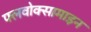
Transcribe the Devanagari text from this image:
फ्लवोक्सामाइन